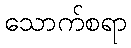
သောက်စရာ